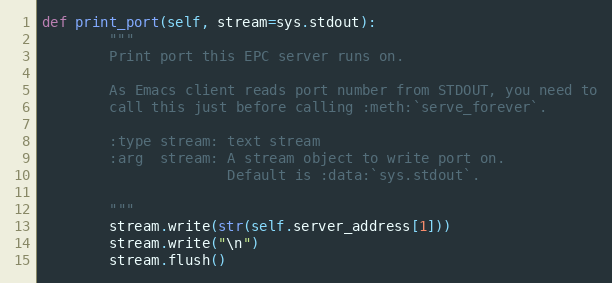
Language: Python
def print_port(self, stream=sys.stdout):
        """
        Print port this EPC server runs on.

        As Emacs client reads port number from STDOUT, you need to
        call this just before calling :meth:`serve_forever`.

        :type stream: text stream
        :arg  stream: A stream object to write port on.
                      Default is :data:`sys.stdout`.

        """
        stream.write(str(self.server_address[1]))
        stream.write("\n")
        stream.flush()